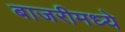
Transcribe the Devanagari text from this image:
बाजरीमध्ये